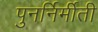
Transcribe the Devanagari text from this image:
पुनर्निर्मीती